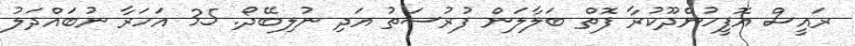
ރައީސް އޮފީހުންދޫކުރާ ފޮތް ބަލާލަން ފުރުސަތު އަދި ނުލިބޭދޯ. 35 އަހަރާ ނުބައްދަލު